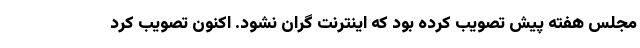
مجلس هفته پیش تصویب کرده بود که اینترنت گران نشود. اکنون تصویب کرد